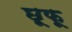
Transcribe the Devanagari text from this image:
छूफू